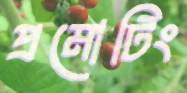
প্রমোটিং